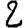
Digit: 2